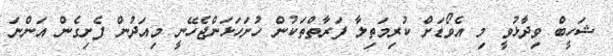
ޝަހީބް ވިދާޅުވީ މި އެވޯޑަށް ކުރިމަތިލާ ފަރާތްތަކުން ހުށަހަޅަންޖެހޭނީ މިއަދުން ފެށިގެން އަންނަ